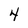
Character: 4